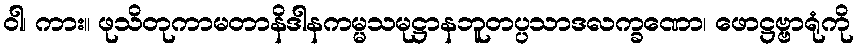
ဝါ၊ ကား။ ဖုသိတုကာမတာနိဒါနကမ္မသမုဋ္ဌာနဘူတပ္ပသာဒလက္ခဏော၊ ဖောဋ္ဌဗ္ဗာရုံကို